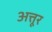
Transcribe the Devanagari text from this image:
अत्तूर